画像に写った文字を読んでください
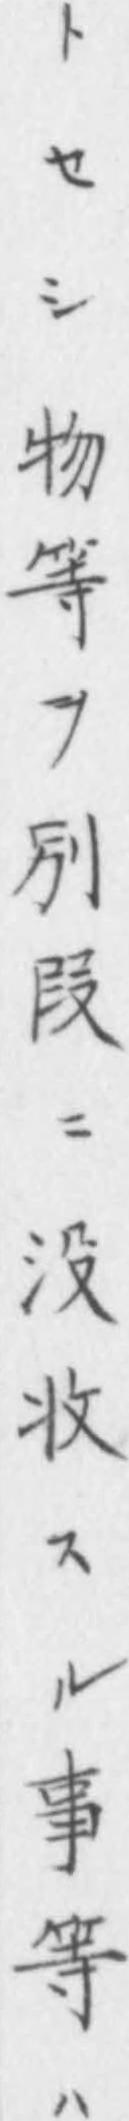
「トセシ物等ヲ別叚ニ没收スル事等ハ」と書いてあります